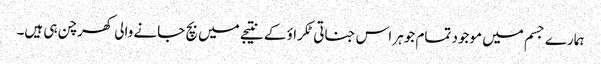
ہمارے جسم میں موجود تمام جوہر اس جناتی ٹکراؤ کے نتیجے میں بچ جانے والی کھرچن ہی ہیں۔